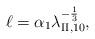
LaTeX: \begin{align*}\ell = \alpha_1\lambda_{\mathrm{II},10}^{-\frac13},\end{align*}